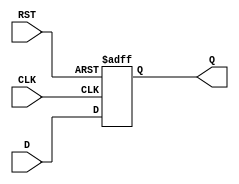
module flip_flop_register #(
    parameter WIDTH = 8  // Parameter to set the width of the register
)(
    input wire [WIDTH-1:0] D,      // Data input
    input wire CLK,                 // Clock signal
    input wire RST,                 // Asynchronous reset
    output reg [WIDTH-1:0] Q        // Data output
);

    // Always block for the flip-flop operation
    always @(posedge CLK or posedge RST) begin
        if (RST) begin
            Q <= {WIDTH{1'b0}};       // Reset all bits to 0
        end else begin
            Q <= D;                  // Capture data on rising edge of CLK
        end
    end

endmodule